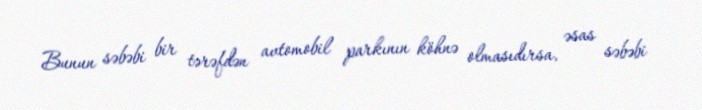
Bunun səbəbi bir tərəfdən avtomobil parkının köhnə olmasıdırsa, əsas səbəbi